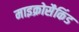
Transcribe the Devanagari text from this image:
माइक्रोसैकिंड